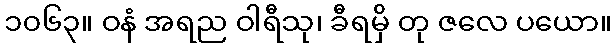
၁၀၆၃။ ဝနံ အရည ဝါရီသု၊ ခီရမှိ တု ဇလေ ပယော။